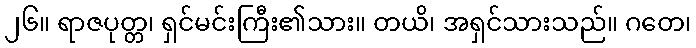
၂၆။ ရာဇပုတ္တ၊ ရှင်မင်းကြီး၏သား။ တယိ၊ အရှင်သားသည်။ ဂတေ၊